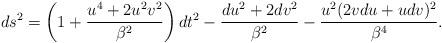
LaTeX: \begin{align*}ds^2=\left(1+\frac{u^4+2u^2v^2}{\beta^2}\right)dt^2-\frac{du^2+2dv^2}{\beta^2}-\frac{u^2(2v du + u dv)^2}{\beta^4}.\end{align*}